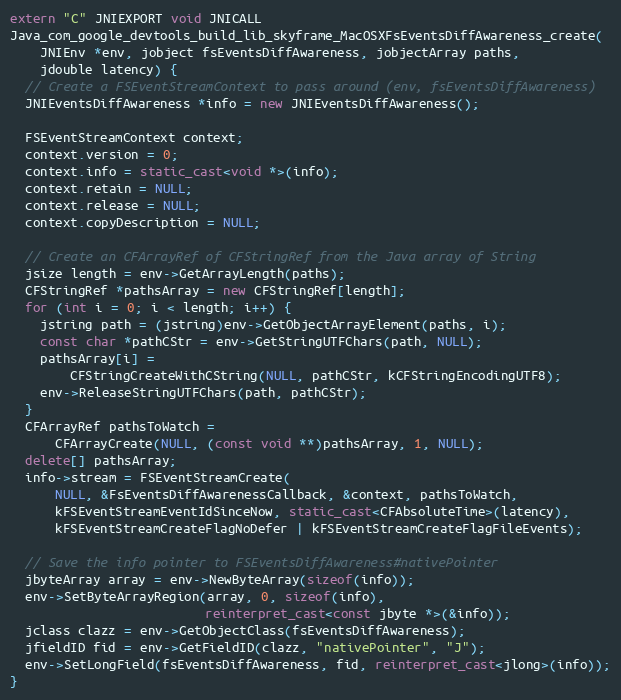
Language: C++
extern "C" JNIEXPORT void JNICALL
Java_com_google_devtools_build_lib_skyframe_MacOSXFsEventsDiffAwareness_create(
    JNIEnv *env, jobject fsEventsDiffAwareness, jobjectArray paths,
    jdouble latency) {
  // Create a FSEventStreamContext to pass around (env, fsEventsDiffAwareness)
  JNIEventsDiffAwareness *info = new JNIEventsDiffAwareness();

  FSEventStreamContext context;
  context.version = 0;
  context.info = static_cast<void *>(info);
  context.retain = NULL;
  context.release = NULL;
  context.copyDescription = NULL;

  // Create an CFArrayRef of CFStringRef from the Java array of String
  jsize length = env->GetArrayLength(paths);
  CFStringRef *pathsArray = new CFStringRef[length];
  for (int i = 0; i < length; i++) {
    jstring path = (jstring)env->GetObjectArrayElement(paths, i);
    const char *pathCStr = env->GetStringUTFChars(path, NULL);
    pathsArray[i] =
        CFStringCreateWithCString(NULL, pathCStr, kCFStringEncodingUTF8);
    env->ReleaseStringUTFChars(path, pathCStr);
  }
  CFArrayRef pathsToWatch =
      CFArrayCreate(NULL, (const void **)pathsArray, 1, NULL);
  delete[] pathsArray;
  info->stream = FSEventStreamCreate(
      NULL, &FsEventsDiffAwarenessCallback, &context, pathsToWatch,
      kFSEventStreamEventIdSinceNow, static_cast<CFAbsoluteTime>(latency),
      kFSEventStreamCreateFlagNoDefer | kFSEventStreamCreateFlagFileEvents);

  // Save the info pointer to FSEventsDiffAwareness#nativePointer
  jbyteArray array = env->NewByteArray(sizeof(info));
  env->SetByteArrayRegion(array, 0, sizeof(info),
                          reinterpret_cast<const jbyte *>(&info));
  jclass clazz = env->GetObjectClass(fsEventsDiffAwareness);
  jfieldID fid = env->GetFieldID(clazz, "nativePointer", "J");
  env->SetLongField(fsEventsDiffAwareness, fid, reinterpret_cast<jlong>(info));
}